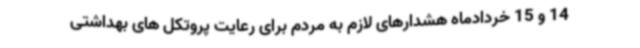
14 و 15 خردادماه هشدارهای لازم به مردم برای رعایت پروتکل های بهداشتی